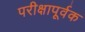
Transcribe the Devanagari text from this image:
परीक्षापूर्वक